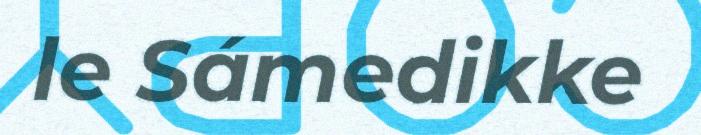
le Sámedikke